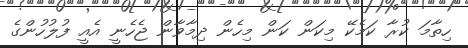
ހިތާމަ ކުރާ ކަމެކޭ މިކަން ކަން މިހެން ދިމާވާން ޖެހެނީ އެއީ ފުލުހުންގެ